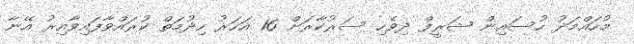
މުހައްމަދު ހުސައިން ޝަރީފް ދިވެހި ސަރުކާރަށް 16 އަހަރު ހިދުމަތް ކުރައްވާފައިވާއިރު އޭނާ